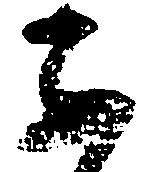
子